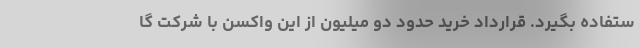
ستفاده بگیرد. قرارداد خرید حدود دو میلیون از این واکسن با شرکت گا